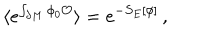
\langle e ^ { \int _ { \partial M } \phi _ { 0 } { \cal O } } \rangle = e ^ { - S _ { E } [ \phi ] } \, ,